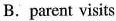
B. parent visits